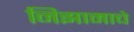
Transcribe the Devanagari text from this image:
निझामाचे